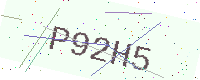
Text: P92H5